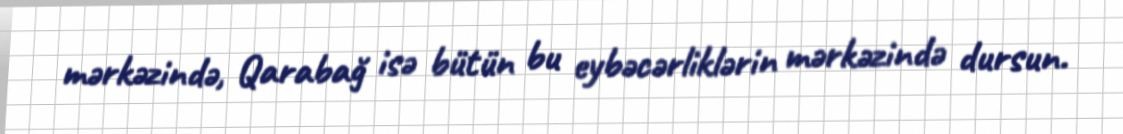
mərkəzində, Qarabağ isə bütün bu eybəcərliklərin mərkəzində dursun.